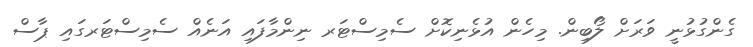
ގެންގުޅުނީ ވަރަށް ލޯބިން. މިހެން އުޅެނިކޮށް ސެމިސްޓަރ ނިންމާފައި އަނެއް ސެމިސްޓަރގައި ޕާސް